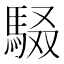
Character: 𮩾